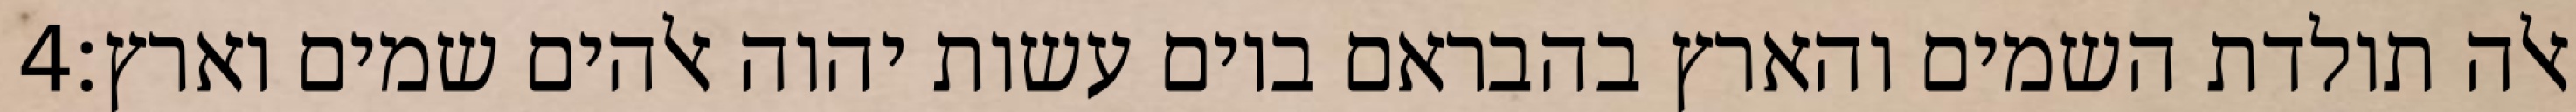
‎4‏ אלה תולדת השמים והארץ בהבראם ביום עשות יהוה אלהים שמים וארץ׃